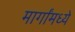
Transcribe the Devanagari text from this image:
मार्गांमध्ये